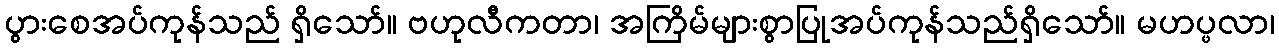
ပွားစေအပ်ကုန်သည် ရှိသော်။ ဗဟုလီကတာ၊ အကြိမ်များစွာပြုအပ်ကုန်သည်ရှိသော်။ မဟပ္ဖလာ၊